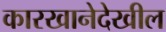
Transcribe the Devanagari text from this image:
कारखानेदेखील